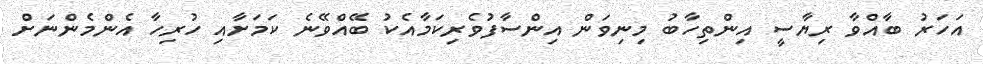
އަހަރު ބާއްވާ ރިޔާސީ އިންތިހާބު މިނިވަން އިންސާފުވެރިކަމާއެކު ބޭއްވޭނެ ކަމަށާއި ހުރިހާ އެންމެންނަށް